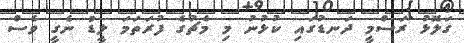
ގަލޮޅު ރަސްމީ ދަނޑުގައި ކުޅުނު މި މެޗުގެ ފުރަތަމަ ލީޑު ނެގީ ވެސް